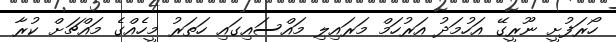
ހޯރަފުށީ ނޫރީގޭ އަހުމަދު އަރުހަމް މަރައިލި މައްސައިގައި ހަތަރު މީހެއްގެ މައްޗަށް ކުރާ